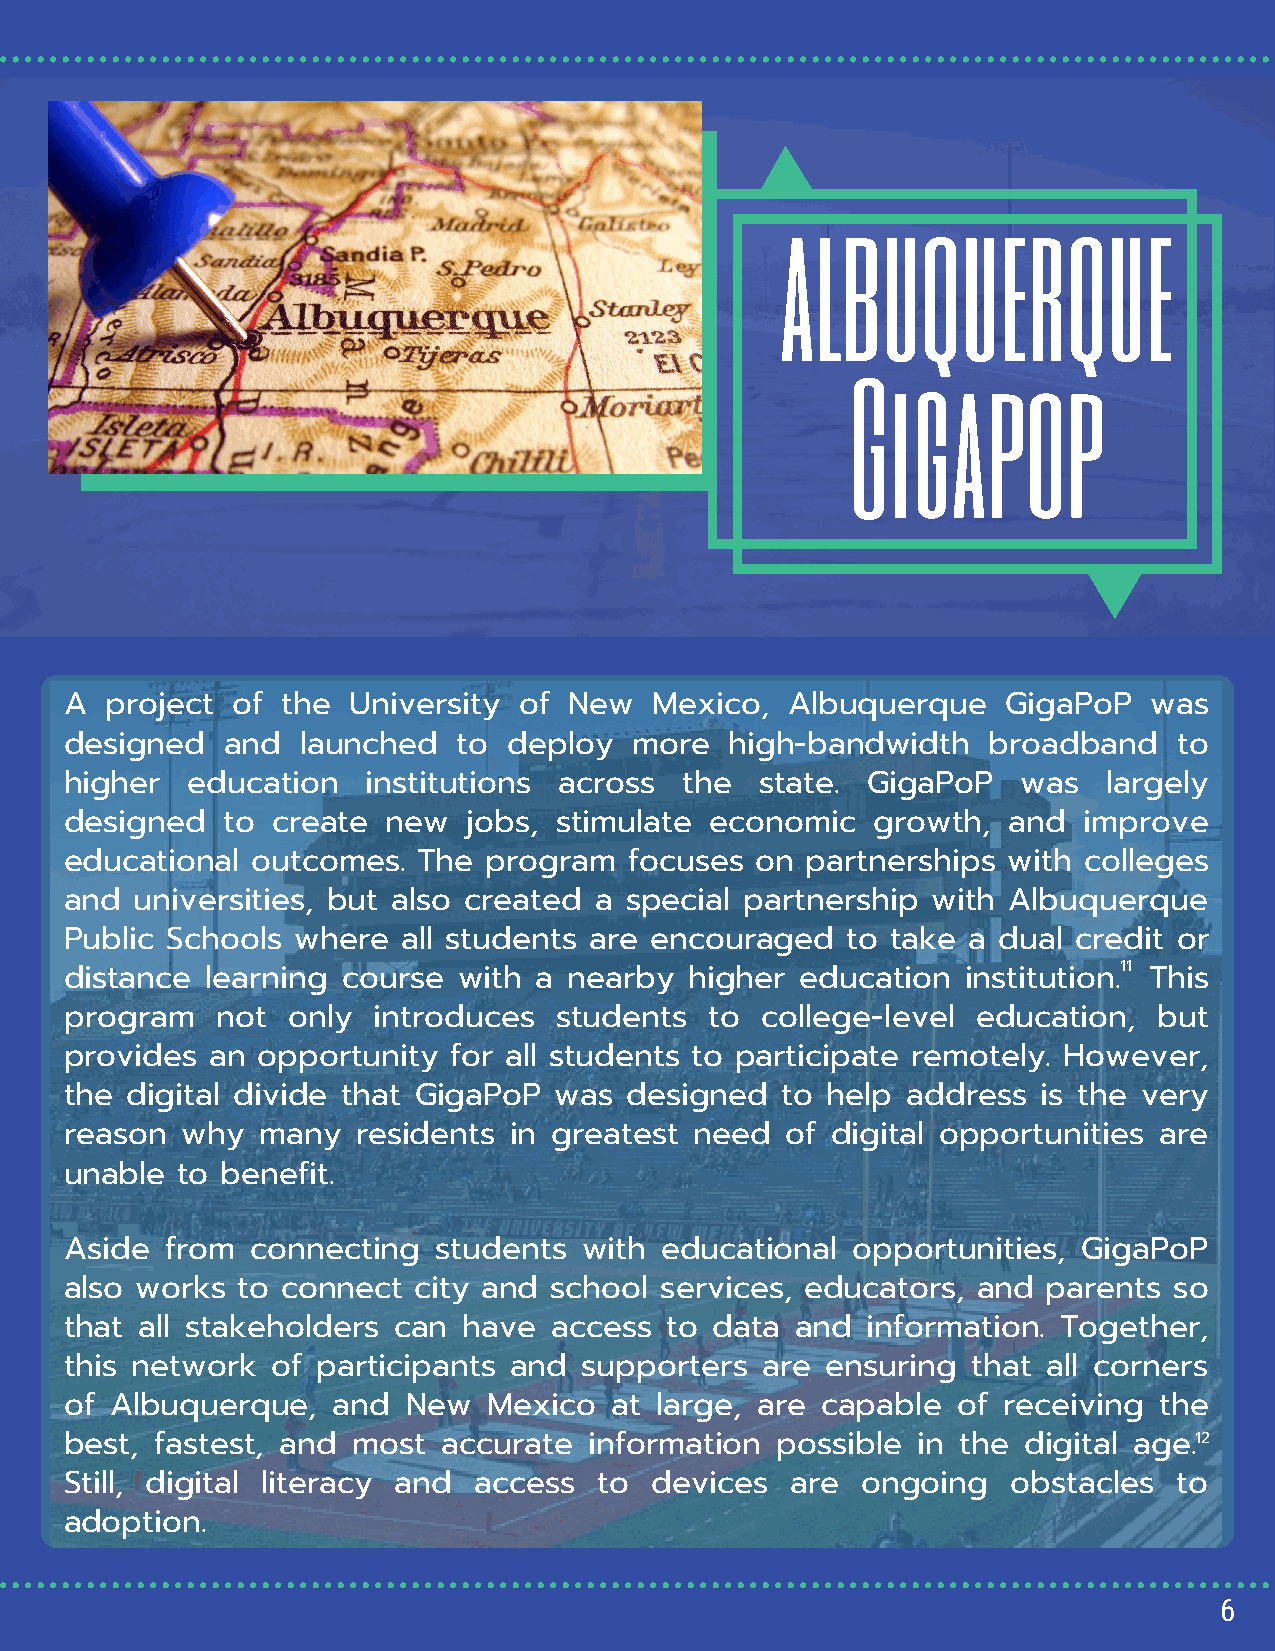
albuquerque
 Gigapop
 A  project of  the University of  New  Mexico,  Albuquerque    GigaPoP  was
 designed   and  launched  to  deploy  more  high-bandwidth   broadband    to
 higher  education   institutions across  the  state. GigaPoP    was  largely
 designed   to create  new  jobs, stimulate economic   growth,  and  improve
 educational  outcomes.  The program   focuses on partnerships  with colleges
 and  universities, but also created a special partnership with Albuquerque
 Public Schools where   all students are encouraged  to take a dual credit or
 11
 distance  learning course with  a nearby  higher education  institution. This
 program   not  only  introduces  students  to college-level  education,  but
 provides  an opportunity  for all students to participate remotely. However,
 the digital divide that GigaPoP  was  designed  to help address  is the very
 reason  why  many   residents in greatest need  of digital opportunities are
 unable  to benefit.
 A side from  connecting  students  with educational  opportunities, GigaPoP
 also works  to connect  city and school services, educators, and parents  so
 that all stakeholders can  have access  to data  and information. Together,
 this network  of participants and  supporters are  ensuring that all corners
 of Albuquerque,   and  New  Mexico  at large, are capable  of receiving  the
 best, fastest, and most  accurate  information possible  in the digital age.1 2
 Still, digital literacy and access  to devices  are  ongoing   obstacles  to
 adoption.
 6